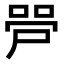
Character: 𫪠